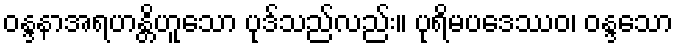
ဝန္ဒနာအရဟန္တိဟူသော ပုဒ်သည်လည်း။ ပုရိမပဒေဿဝ၊ ဝန္ဒသော